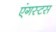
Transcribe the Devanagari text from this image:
एंगस्टस